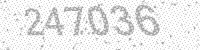
Solution: 247036